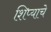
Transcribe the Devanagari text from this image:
शिप्याचे